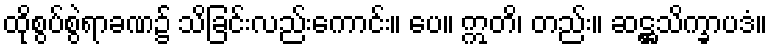
ထိုစွပ်စွဲရာခဏ၌ သိခြင်းလည်းကောင်း။ ပေ။ ဣတိ၊ တည်း။ ဆဋ္ဌသိက္ခာပဒံ။